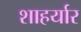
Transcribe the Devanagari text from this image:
शाहर्यार